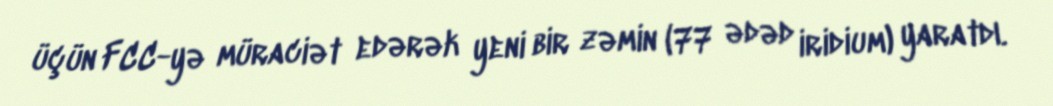
üçün FCC-yə müraciət edərək yeni bir zəmin (77 ədəd iridium) yaratdı.